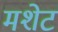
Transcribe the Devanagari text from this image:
मशेट